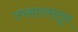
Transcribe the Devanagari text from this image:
उपसागरातून